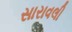
સારાવલી